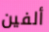
ألفين